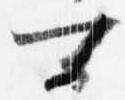
可